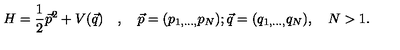
H = \frac { 1 } { 2 } \vec { p } ^ { 2 } + V ( \vec { q } ) \quad , \quad \vec { p } = ( p _ { 1 , \ldots , } p _ { N } ) ; \vec { q } = ( q _ { 1 , \ldots , } q _ { N } ) , \quad N > 1 .